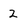
Character: 2